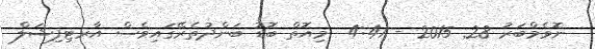
ނޮވެމްބަރު 28